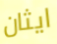
ايثان